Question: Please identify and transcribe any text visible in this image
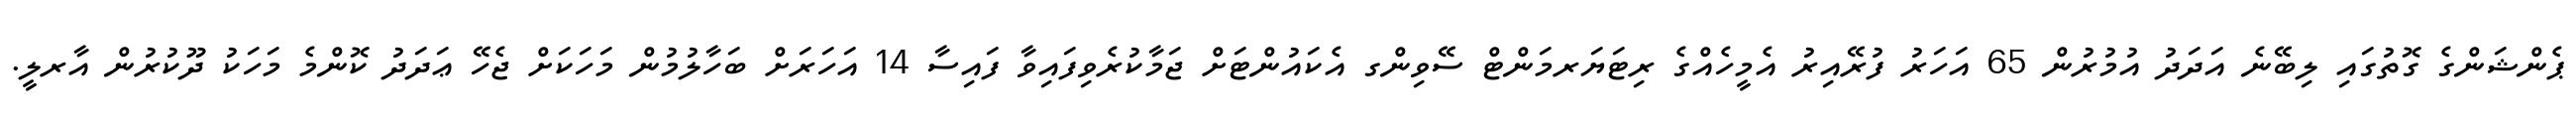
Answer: ޕެންޝަންގެ ގޮތުގައި ލިބޭނެ އަދަދު އުމުރުން 65 އަހަރު ފުރޭއިރު އެމީހެއްގެ ރިޓަޔަރމަންޓް ސޭވިންގ އެކައުންޓަށް ޖަމާކުރެވިފައިވާ ފައިސާ 14 އަހަރަށް ބަހާލުމުން މަހަކަށް ޖެހޭ ޢަދަދު ކޮންމެ މަހަކު ދޫކުރުން އާރލީ.